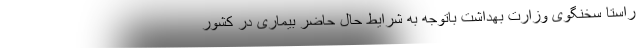
راستا سخنگوی وزارت بهداشت باتوجه به شرایط حال حاضر بیماری در کشور